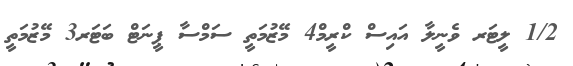
1/2 ލީޓަރ ވެނީލާ އައިސް ކްރީމް4 މޭޒުމަތީ ސަމްސާ ޕީނަޓް ބަޓަރ3 މޭޒުމަތީ